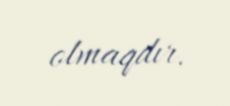
olmaqdır.